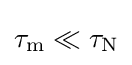
\tau _{\text{m}}\ll \tau _{\text{N}}